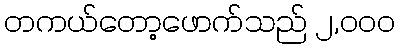
တကယ်တော့ဖောက်သည် ၂,၀၀၀